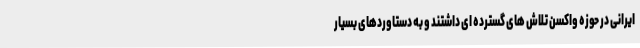
ایرانی در حوزه واکسن تلاش های گسترده ای داشتند و به دستاوردهای بسیار